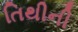
તિથીની